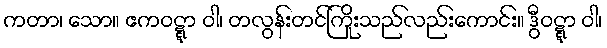
ကတာ၊ သော။ ဧကဝဋ္ဋာ ဝါ၊ တလွန်းတင်ကြိုးသည်လည်းကောင်း။ ဒွီဝဋ္ဋာ ဝါ၊